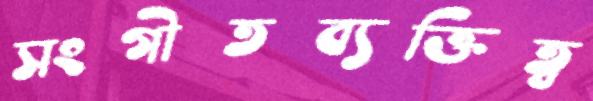
সংগীতব্যক্তিত্ব